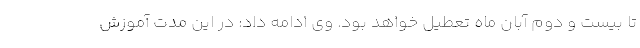
تا بیست و دوم آبان ماه تعطیل خواهد بود. وی ادامه داد: در این مدت آموزش